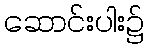
ဆောင်းပါး၌